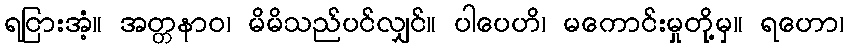
ရငြားအံ့။ အတ္တနာဝ၊ မိမိသည်ပင်လျှင်။ ပါပေဟိ၊ မကောင်းမှုတို့မှ။ ရဟော၊